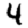
Digit: 4